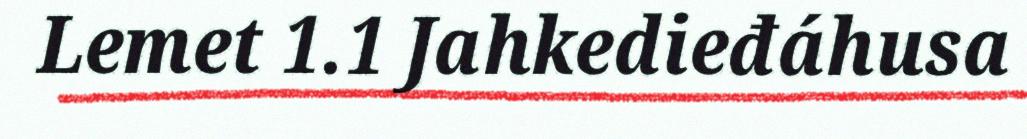
Lemet 1.1 Jahkedieđáhusa